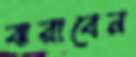
ঝরাবেন